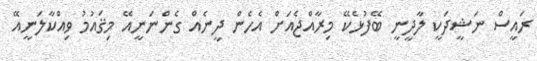
ރައީސް ނަޝީދަކީ ލާދީނީ ބޭފުޅެކޭ މިރާއްޖެއަށް އެހެން ދީނެއް ގެންނަނީއޭ މިޤައުމު ވިއްކާލަނީއޭ